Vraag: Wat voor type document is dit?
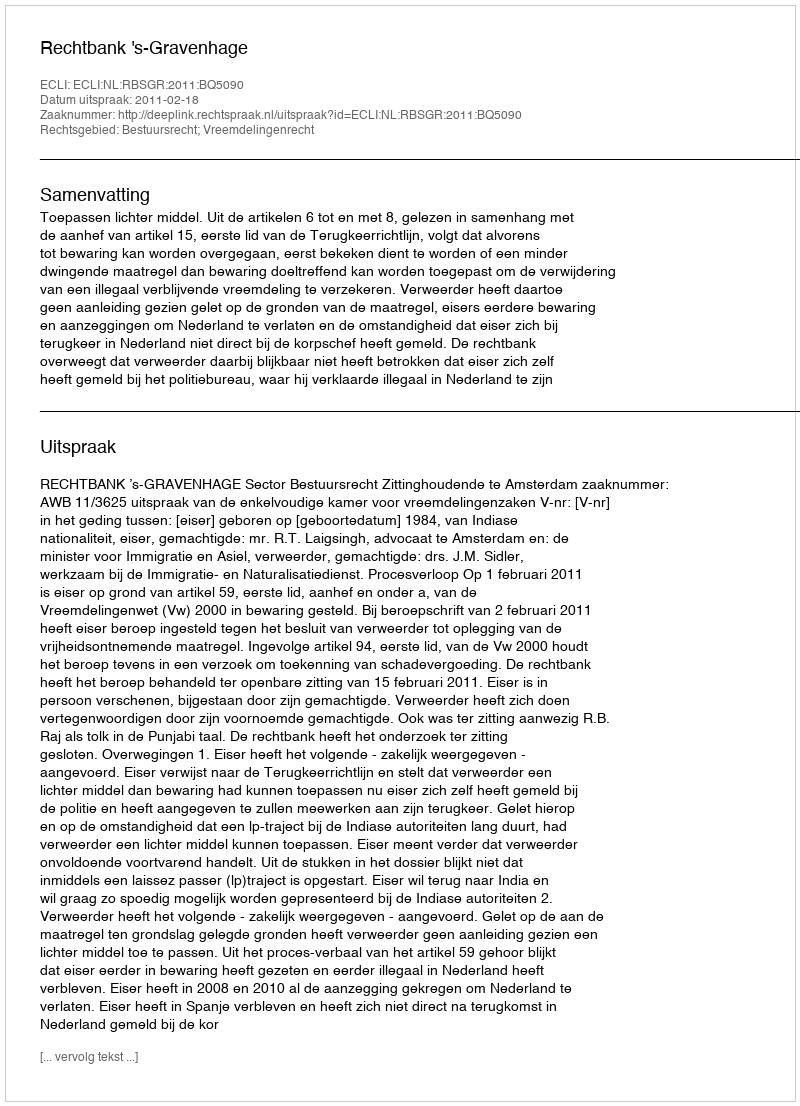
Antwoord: Uitspraak